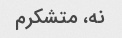
نه، متشکرم